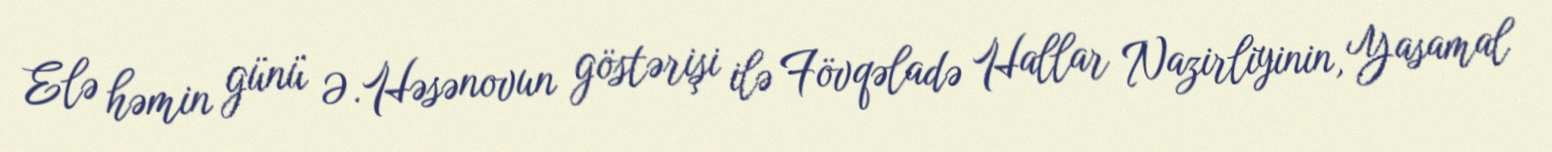
Elə həmin günü Ə.Həsənovun göstərişi ilə Fövqəladə Hallar Nazirliyinin, Yasamal